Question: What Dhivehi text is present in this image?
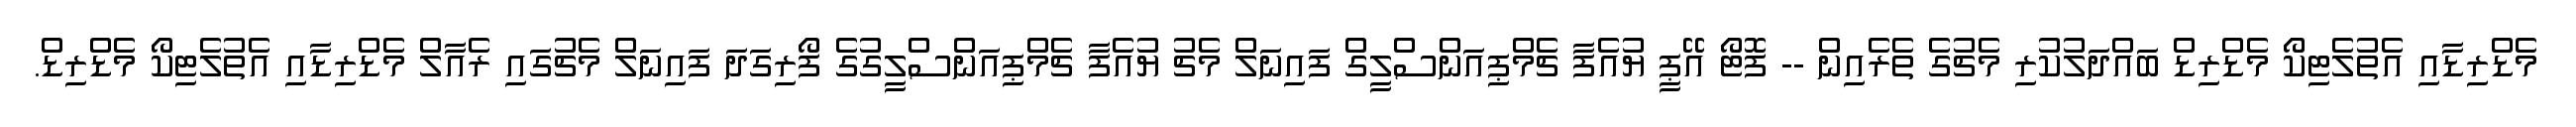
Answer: މެޑްރިޑާއި އެތުލެޓިކޯ މެޑްރިޑް ބައްދަލުކުރި މެޗުގެ ތެރެއިން -- ފޮޓޯ އޭޕީ ޔުއެފާ ޗެމްޕިއަންސްލީގް ފައިނަލް މެޗު ޔުއެފާ ޗެމްޕިއަންސްލީގުގެ ފޯރިގަދަ ފައިނަލް މެޗުގައި ރެއާލް މެޑްރިޑާއި އެތުލެޓިކޯ މެޑްރިޑް.